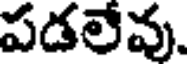
పడలేవు.